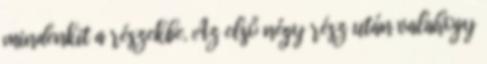
mindenkit a részekbe. Az első négy rész után valahogy